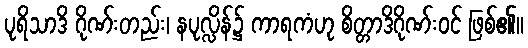
ပုရိသာဒိ ဂိုဏ်းတည်း၊ နပုလ္လိန်၌ ကာရကံဟု စိတ္တာဒိဂိုဏ်းဝင် ဖြစ်၏။